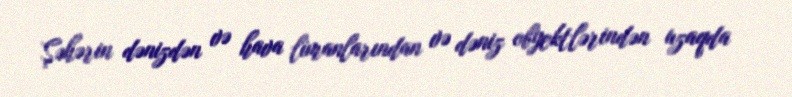
Şəhərin dənizdən və hava limanlarından və dəniz obyektlərindən uzaqda